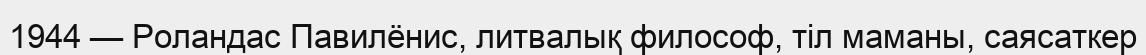
1944 — Роландас Павилёнис, литвалық философ, тіл маманы, саясаткер